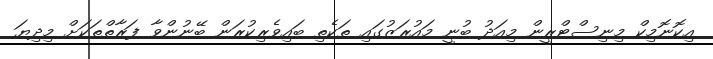
އިކޮނޮމިކް މިނިސްޓްރީން މިއަދު ބުނީ މައުރަޒުގައި ތަކެތި ބައިވެރިކުރަން ބޭނުންވާ ފަރާތްތަކަށް މިދިޔަ